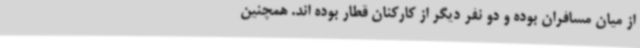
از میان مسافران بوده و دو نفر دیگر از کارکنان قطار بوده اند. همچنین